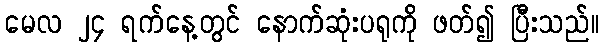
မေလ ၂၄ ရက်နေ့တွင် နောက်ဆုံးပရုကို ဖတ်၍ ပြီးသည်။